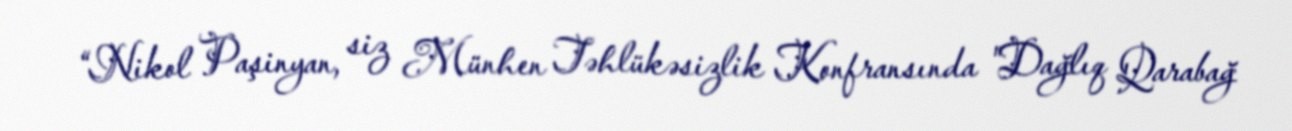
“Nikol Paşinyan, siz Münhen Təhlükəsizlik Konfransında "Dağlıq Qarabağ